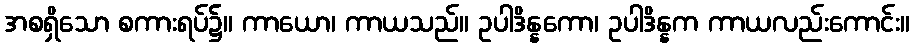
အစရှိသော စကားရပ်၌။ ကာယော၊ ကာယသည်။ ဥပါဒိန္နကော၊ ဥပါဒိန္နက ကာယလည်းကောင်း။